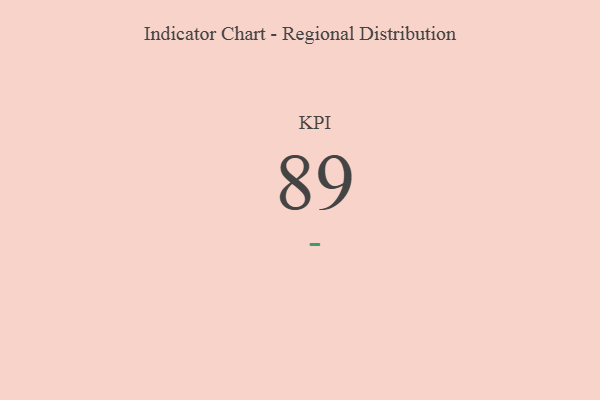
{"axis": {"x": "KPI", "y": "Value"}, "legend": [""], "data": [{"x": "KPI", "y": 89, "type": ""}]}